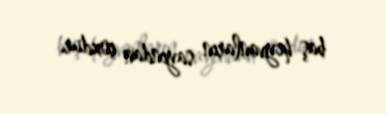
baş heyvanların sayından çoxdur.